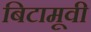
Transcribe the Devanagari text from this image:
बिटामूवी